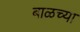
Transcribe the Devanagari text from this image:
बाळच्या